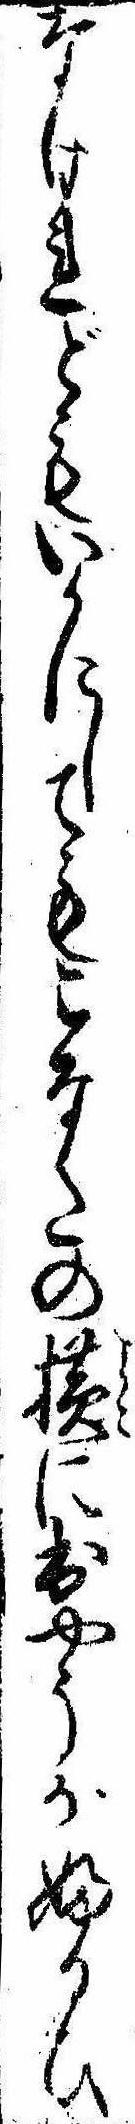
なけれどもいかにしてもこなたの横に出やうがふるひ